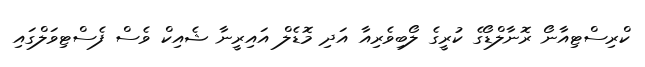
ކްރިސްޓިއާނޯ ރޮނާލްޑޯގެ ކުރީގެ ލޯބިވެރިއާ އަދި މޮޑެލް އައިރީނާ ޝެއިކް ވެސް ފެސްޓިވަލްގައި